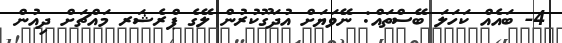
4- ބައެއް ކަހަލަ ބޭސްތައް: ނޭވަޔަށް އުދަގޫކުރުން ލޭގެ ޕްރެޝަރ މައްޗަށް ދިއުން